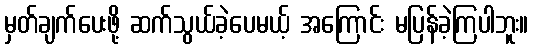
မှတ်ချက်ပေးဖို့ ဆက်သွယ်ခဲ့ပေမယ့် အကြောင်း မပြန်ခဲ့ကြပါဘူး။